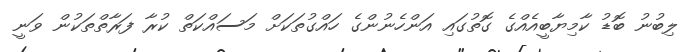
ލިބުނު ބޮޑު ކާމިޔާބީއެއްގެ ގޮތުގައި އަންހެނުންގެ ހައްގުތަކަށް މަސައްކަތް ކުރާ ފަރާތްތަކުން ވަނީ